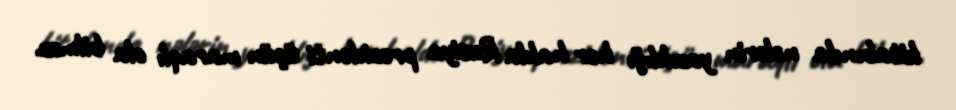
kitabında nələrin yazıldığı hər halda Rusiya prezidenti üçün maraqlı ola bilməz.